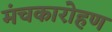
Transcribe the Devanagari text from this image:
मंचकारोहण